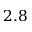
2 . 8